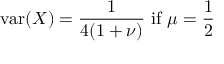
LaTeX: \operatorname { v a r } ( X ) = { \frac { 1 } { 4 ( 1 + \nu ) } } { \mathrm { ~ i f ~ } } \mu = { \frac { 1 } { 2 } }